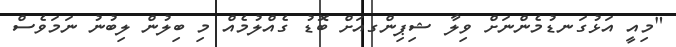
"މިއީ އަޅުގަނޑުމެންނަށް ވިލާ ޝިޕިންގއަށް ބޮޑު ގެއްލުމެއް މި ބިލުން ލިބުނު ނަމަވެސް